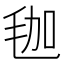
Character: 𣭋